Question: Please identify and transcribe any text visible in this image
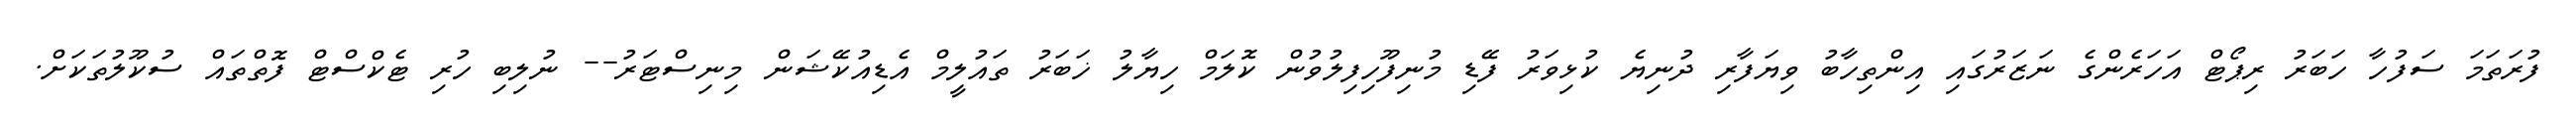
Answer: ފުރަތަމަ ސަފުހާ ހަބަރު ރިޕޯޓް އަހަރެންގެ ނަޒަރުގައި އިންތިހާބު ވިޔަފާރި ދުނިޔެ ކުޅިވަރު ފޭޑި މުނިފޫހިފިލުވުން ކޮލަމް ހިޔާލު ޚަބަރު ތައުލީމް އެޑިއުކޭޝަން މިނިސްޓަރު-- ނުލިބި ހުރި ޓެކްސްޓް ފޮތްތައް ސުކޫލުތަކަށް.